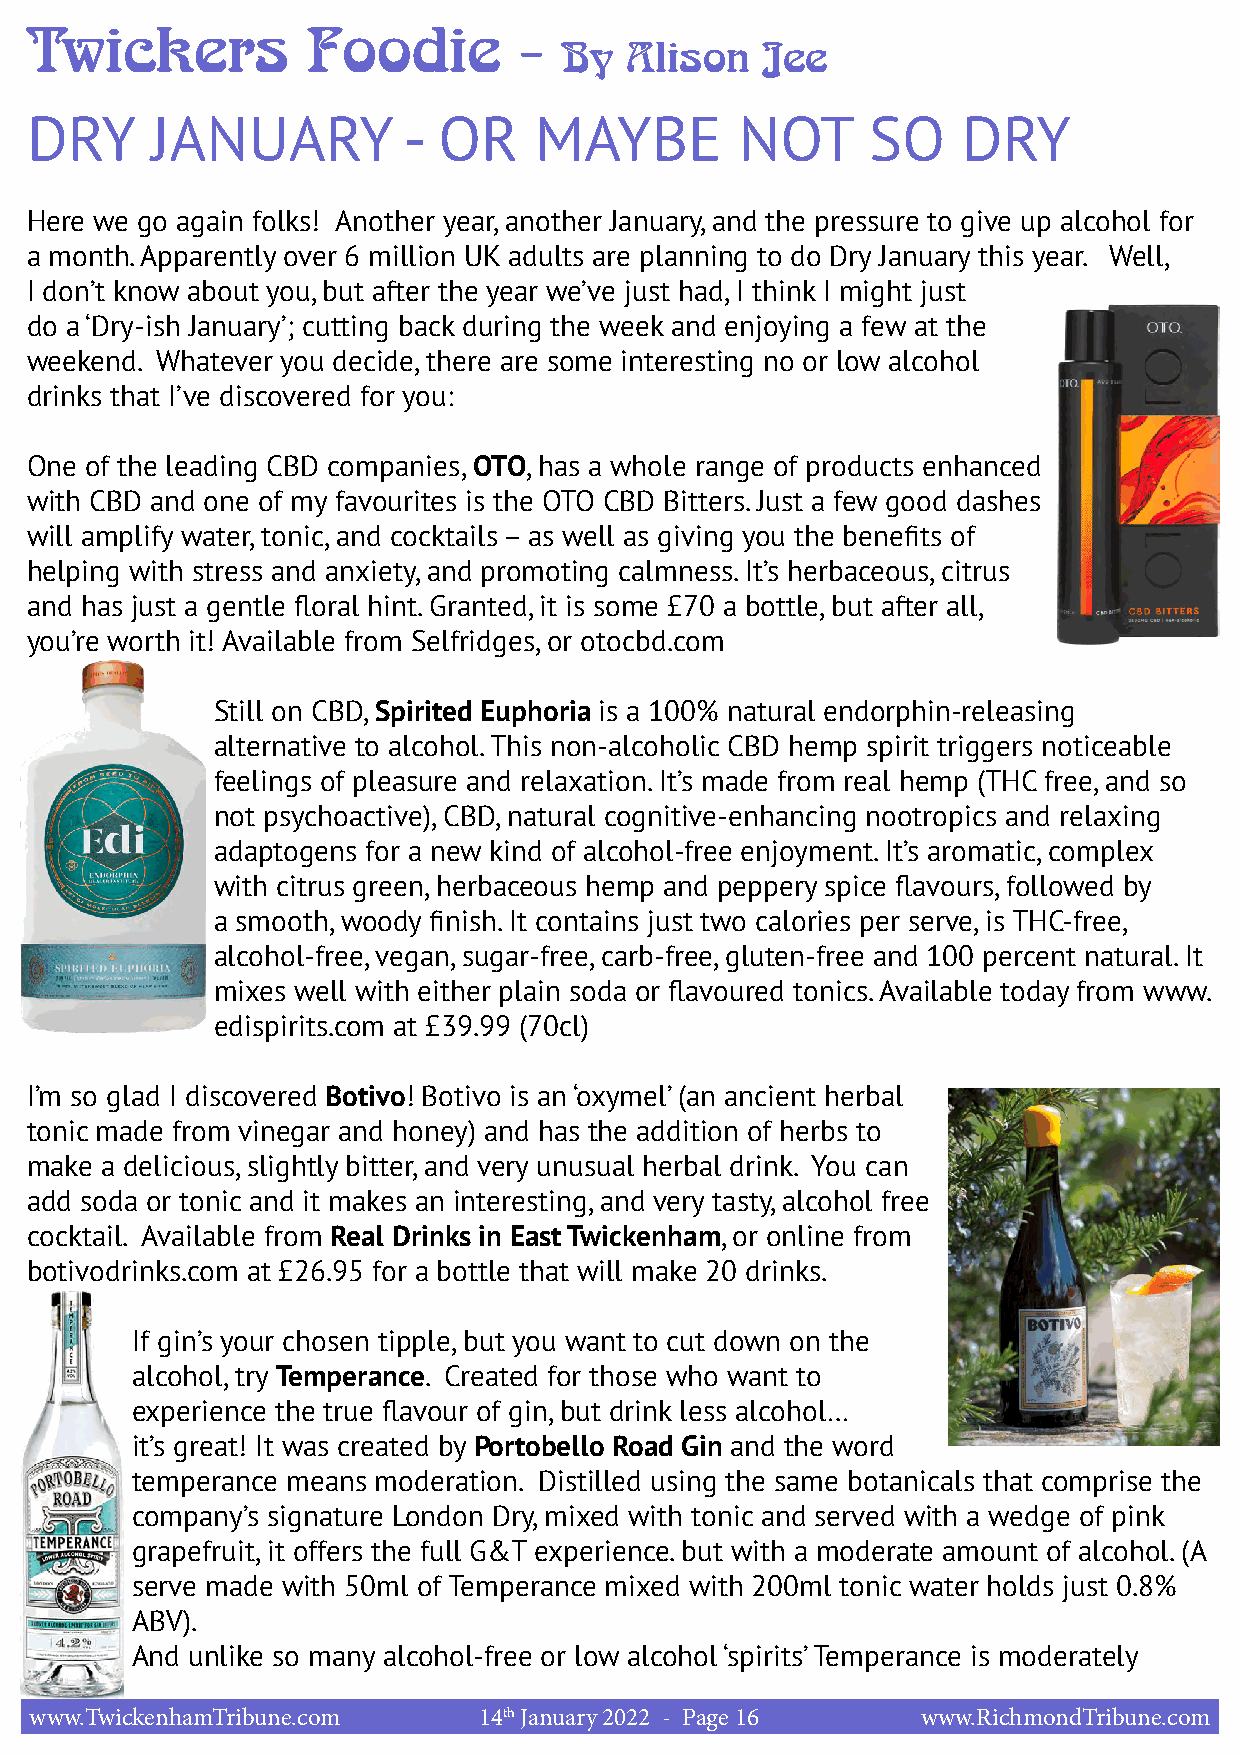
Twickers          Foodie        -
 By  Alison   Jee
 DRY     JANUARY          - OR    MAYBE         NOT      SO    DRY
 Here we go again folks! Another year, another January, and the pressure to give up alcohol for
 a month. Apparently over 6 million UK adults are planning to do Dry January this year. Well,
 I don’t know about you, but after the year we’ve just had, I think I might just
 do a ‘Dry-ish January’; cutting back during the week and enjoying a few at the
 weekend. Whatever you decide, there are some interesting no or low alcohol
 drinks that I’ve discovered for you:
 One of the leading CBD companies, OTO, has a whole range of products enhanced
 with CBD and one of my favourites is the OTO CBD Bitters. Just a few good dashes
 will amplify water, tonic, and cocktails – as well as giving you the benefits of
 helping with stress and anxiety, and promoting calmness. It’s herbaceous, citrus
 and has just a gentle floral hint. Granted, it is some £70 a bottle, but after all,
 you’re worth it! Available from Selfridges, or otocbd.com
 Still on CBD, Spirited Euphoria is a 100% natural endorphin-releasing
 alternative to alcohol. This non-alcoholic CBD hemp spirit triggers noticeable
 feelings of pleasure and relaxation. It’s made from real hemp (THC free, and so
 not psychoactive), CBD, natural cognitive-enhancing nootropics and relaxing
 adaptogens for a new kind of alcohol-free enjoyment. It’s aromatic, complex
 with citrus green, herbaceous hemp and peppery spice flavours, followed by
 a smooth, woody finish. It contains just two calories per serve, is THC-free,
 alcohol-free, vegan, sugar-free, carb-free, gluten-free and 100 percent natural. It
 mixes well with either plain soda or flavoured tonics. Available today from www.
 edispirits.com at £39.99 (70cl)
 I’m so glad I discovered Botivo! Botivo is an ‘oxymel’ (an ancient herbal
 tonic made from vinegar and honey) and has the addition of herbs to
 make a delicious, slightly bitter, and very unusual herbal drink. You can
 add soda or tonic and it makes an interesting, and very tasty, alcohol free
 cocktail. Available from Real Drinks in East Twickenham, or online from
 botivodrinks.com at £26.95 for a bottle that will make 20 drinks.
 If gin’s your chosen tipple, but you want to cut down on the
 alcohol, try Temperance. Created for those who want to
 experience the true flavour of gin, but drink less alcohol…
 it’s great! It was created by Portobello Road Gin and the word
 temperance means moderation. Distilled using the same botanicals that comprise the
 company’s signature London Dry, mixed with tonic and served with a wedge of pink
 grapefruit, it offers the full G&T experience. but with a moderate amount of alcohol. (A
 serve made with 50ml of Temperance mixed with 200ml tonic water holds just 0.8%
 ABV).
 And unlike so many alcohol-free or low alcohol ‘spirits’ Temperance is moderately
 www.TwickenhamTribune.com     14th January 2022 - Page 16  www.RichmondTribune.com